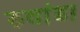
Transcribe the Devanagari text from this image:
रुवांडा